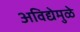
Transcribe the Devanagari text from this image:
अविद्येमुळे